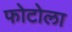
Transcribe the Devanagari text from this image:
फोटोला